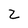
Character: Z